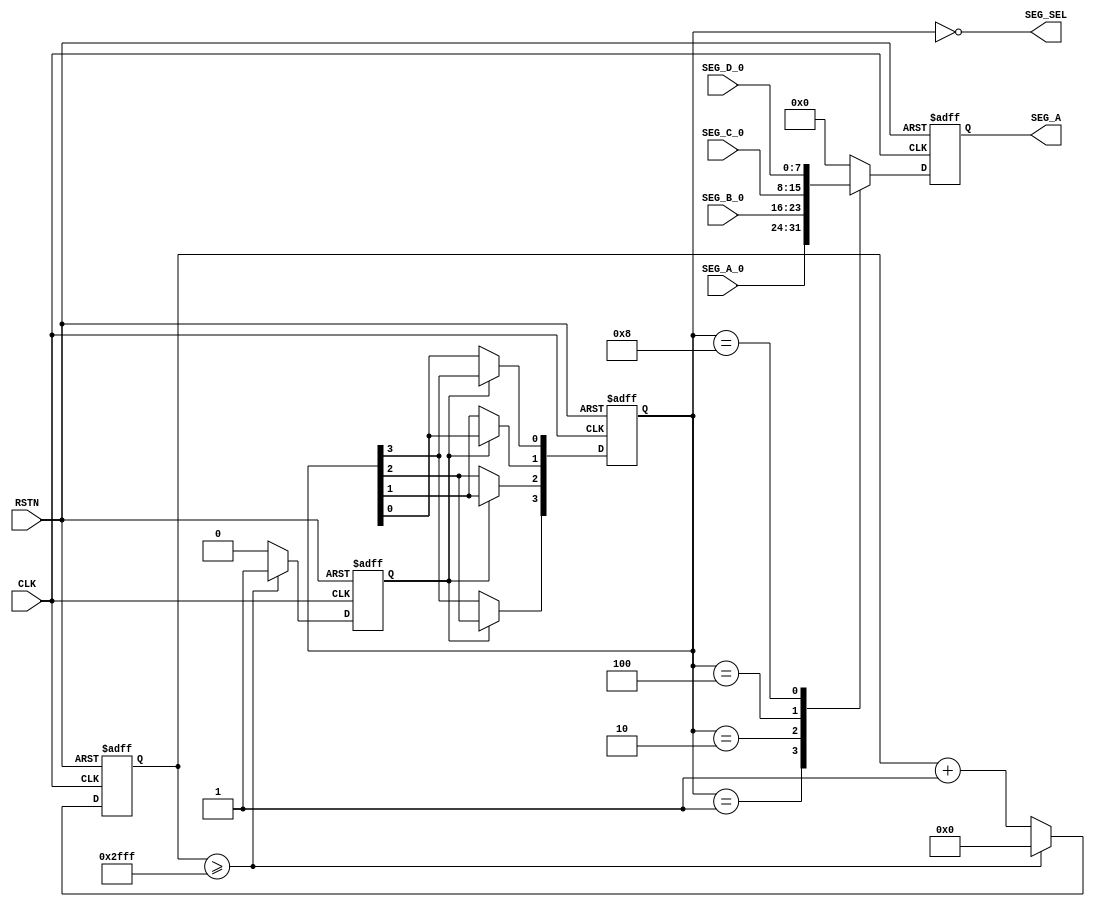
module	dynamic_display(
		// input
		CLK,
		RSTN,
		SEG_A_0,
		SEG_B_0,
		SEG_C_0,
		SEG_D_0,

		// output
		SEG_A,
		SEG_SEL
	);


parameter DEF_COUNT   = 28'b0000_0000_0000_0011_0000_0000_0000;

// ------ input --------------------------------------------
input	CLK;					// System Clock
input	RSTN;					// System Reset
input	[7:0] SEG_A_0,SEG_B_0,SEG_C_0,SEG_D_0;	// 7SEG Value

// ------ output -------------------------------------------
output	[7:0] SEG_A;				// 7SEG Display
output	[3:0] SEG_SEL;				//

// ------ wire ----------------------------------------------
reg	[7:0] SEG_A,SEG_B,SEG_C,SEG_D;		// 7SEG Display Wire


//--- reg ----------------------------------------------------------------------
reg	[27:0] SEC_COUNT;
reg	[3:0]  GATE;
reg	SEC_SIG;

wire	[3:0] SEG_SEL;


	always@( posedge CLK or negedge RSTN) begin
		if( RSTN == 1'b0 )begin
			SEC_COUNT <= 28'd0;
		end
		else if( SEC_COUNT >= DEF_COUNT - 28'd1)begin
			SEC_COUNT <= 28'd0;
		end
 		else begin
			SEC_COUNT <= SEC_COUNT + 28'd1;
		end
	end

	always@( posedge CLK or negedge RSTN) begin
		if( RSTN == 1'b0 )begin
			SEC_SIG <= 1'b0;
		end
		else if( SEC_COUNT >= DEF_COUNT - 28'd1 )begin
			SEC_SIG <= 1'b1;
		end
		else begin
			SEC_SIG <= 1'b0;
		end
	end

	always@( posedge CLK or negedge RSTN) begin
		if( RSTN == 1'b0 )begin
			GATE <= 4'b0001;
		end
		else if( SEC_SIG == 1'b1 )begin
			GATE[0] <= GATE[3];
			GATE[1] <= GATE[0];
			GATE[2] <= GATE[1];
			GATE[3] <= GATE[2];
		end
		else begin
			GATE <= GATE;
		end
	end

	always@( posedge CLK or negedge RSTN ) begin
		if( RSTN == 1'b0 )begin
			SEG_A <= 8'd0;
		end
		else begin
			case( GATE )
				4'd1: begin
					SEG_A <= SEG_A_0;
				end
				4'd2: begin
					SEG_A <= SEG_B_0;
				end
				4'd4: begin
					SEG_A <= SEG_C_0;
				end
				4'd8: begin
					SEG_A <= SEG_D_0;
				end
				default: begin
					SEG_A <= 8'd0;
				end
			endcase
		end
	end

assign	SEG_SEL = ~GATE;

endmodule